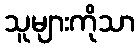
သူများကိုသာ